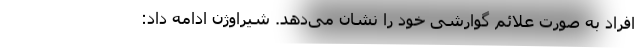
افراد به صورت علائم گوارشی خود را نشان می‌دهد. شیراوژن ادامه داد: